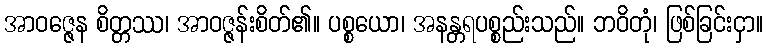
အာဝဇ္ဇေန စိတ္တဿ၊ အာဝဇ္ဇန်းစိတ်၏။ ပစ္စယော၊ အနန္တရပစ္စည်းသည်။ ဘဝိတုံ၊ ဖြစ်ခြင်းငှာ။